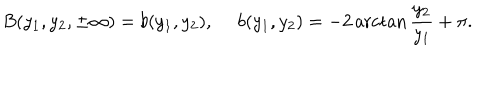
B ( y _ { 1 } , y _ { 2 } , \pm \infty ) = b ( y _ { 1 } , y _ { 2 } ) , ~ ~ b ( y _ { 1 } , y _ { 2 } ) = - 2 \operatorname { a r c t a n } { \frac { y _ { 2 } } { y _ { 1 } } } + \pi .